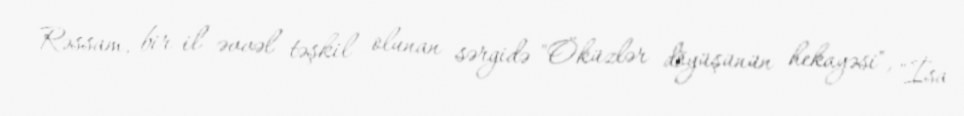
Rəssam, bir il əvvəl təşkil olunan sərgidə "Öküzlər döyüşünün hekayəsi", "İsa